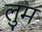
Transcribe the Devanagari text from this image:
लुम